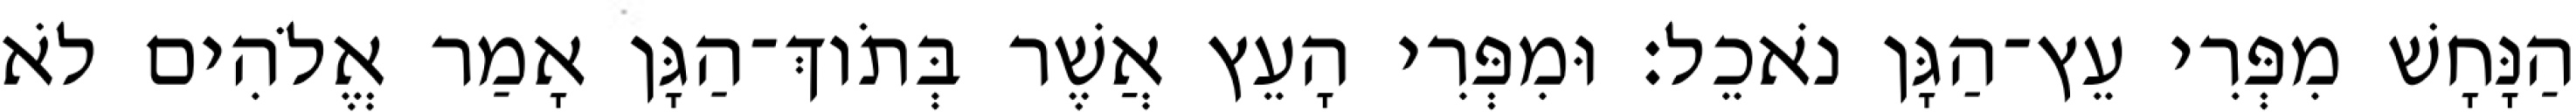
הַנָּחָשׁ מִפְּרִי עֵץ־הַגָּן נֹאכֵל׃ וּמִפְּרִי הָעֵץ אֲשֶׁר בְּתֹוךְ־הַגָּן אָמַר אֱלֹהִים לֹא